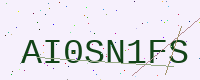
Text: AI0SN1FS